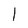
Character: 1